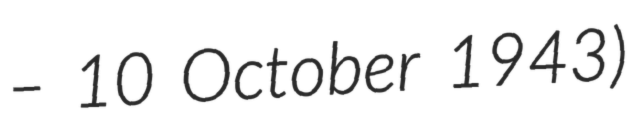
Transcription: – 10 October 1943)